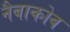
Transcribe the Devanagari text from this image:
नैबाकोव